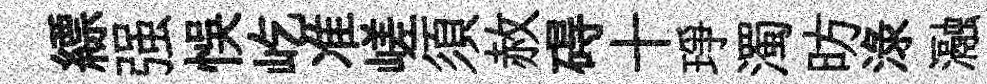
縹强悞屹准嵯須赦碍十琤濁昉渌瀜